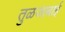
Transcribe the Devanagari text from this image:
तुळजाबाई